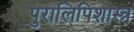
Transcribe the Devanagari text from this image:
पुरालिपिशास्त्र